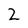
Character: 2